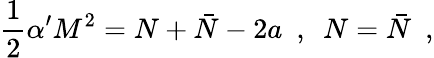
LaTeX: \frac{1}{2}\alpha^{\prime}M^{2}=N+\bar{N}-2a\ \ ,\ \ N=\bar{N}\ \ ,